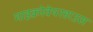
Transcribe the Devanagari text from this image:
माइक्रोवेयरहाउस